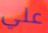
علي